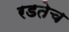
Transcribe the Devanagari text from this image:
रडतेच